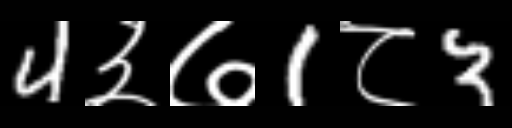
Text: 4३७1८3